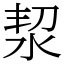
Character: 洯